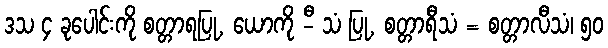
ဒသ ၄ ခုပေါင်းကို စတ္တာရပြု, ယောကို -ီ သံ ပြု, စတ္တာရီသံ = စတ္တာလီသံ၊ ၅၀